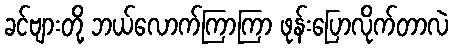
ခင်ဗျားတို့ ဘယ်လောက်ကြာကြာ ဖုန်းပြောလိုက်တာလဲ